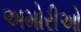
અમોરીઓ